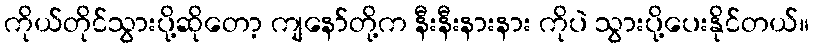
ကိုယ်တိုင်သွားပို့ဆိုတော့ ကျနော်တို့က နီးနီးနားနား ကိုပဲ သွားပို့ပေးနိုင်တယ်။